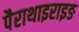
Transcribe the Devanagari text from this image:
पैराथाइराइङ